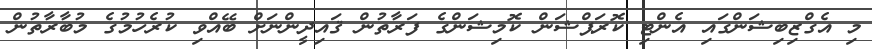
މި އެގްޒިބިޝަންގައި އެންޓި ކޮރަޕްޝަން ކޮމިޝަންގެ ފަރާތުން ޤައިދީންނަށް ބޭއްވި ކުރެހުމުގެ މުބާރާތުން